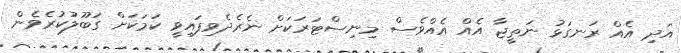
އަދި އެއް ރަނގަޅު ނަތީޖާ އެއް އެއްވެސް މިނިސްޓަރަކަށް ނެރެދެވިފައިވީ ކަމަކަށް ގަބޫލުކުރެވެން